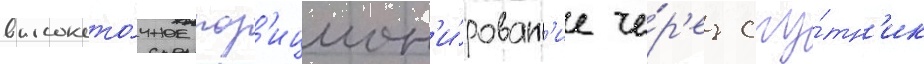
высокото́чное поз'ицион'и́рован'ие че́р'ез спу́тн'ик